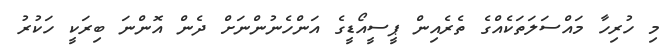
މި ހުރިހާ މައްސަލަތަކެއްގެ ތެރެއިން ޕީސީއޯޑީގެ އަންހެނުންނަށް ދެން އޮންނަ ބިރަކީ ހަކުރު